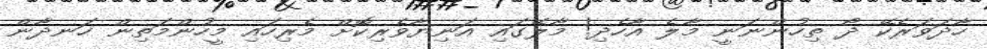
ހާދަވަރެކޭ ދޯ ތިހުންނަނީ މާލެ އާހެދި! މާލޭގައި އަނިޔާވެރިކޮށް މެރިހައި މީހުންމަތިން ހަނދާން